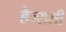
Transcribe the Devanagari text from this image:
हेन्सली